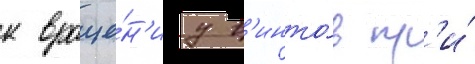
к враще́н'иу в'инто́в пр'и́